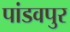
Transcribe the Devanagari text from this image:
पांडवपुर